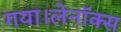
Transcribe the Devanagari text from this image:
गया।लेनॉक्स